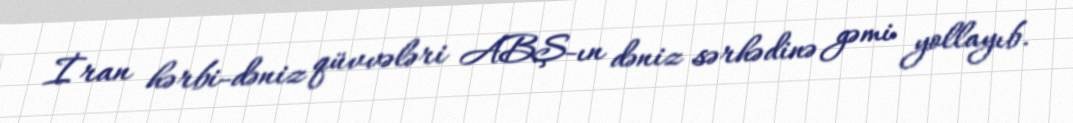
İran hərbi-dəniz qüvvələri ABŞ-ın dəniz sərhədinə gəmi yollayıb.